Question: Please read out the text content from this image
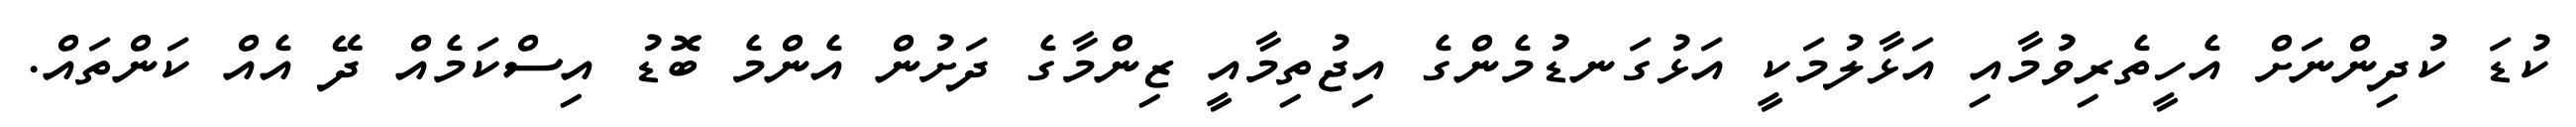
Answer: ކުޑަ ކުދިންނަށް އެހީތެރިވުމާއި އަޅާލުމަކީ އަޅުގަނޑުމެންގެ އިޖުތިމާއީ ޒިންމާގެ ދަށުން އެންމެ ބޮޑު އިސްކަމެއް ދޭ އެއް ކަންތައް.